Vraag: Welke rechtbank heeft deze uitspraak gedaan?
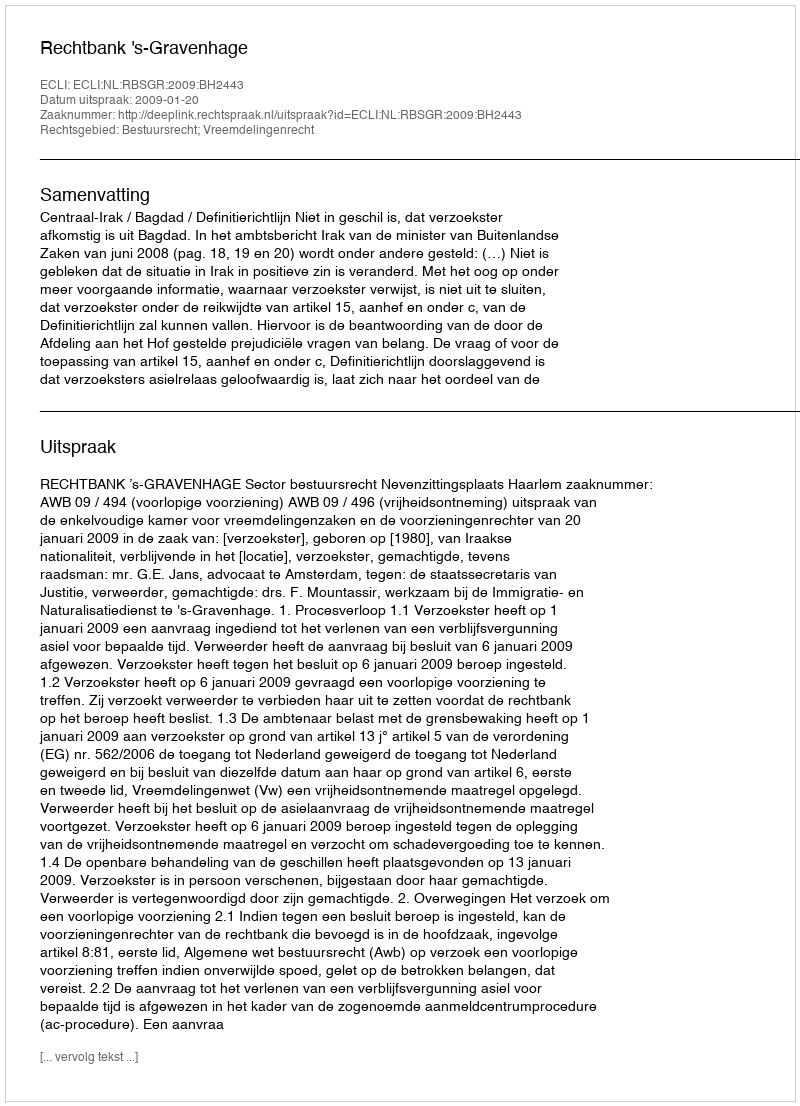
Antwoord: Rechtbank 's-Gravenhage